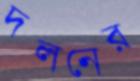
দলনের